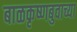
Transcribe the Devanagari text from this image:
बाळकृष्णबुवाच्या